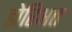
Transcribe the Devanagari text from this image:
डोरिअत